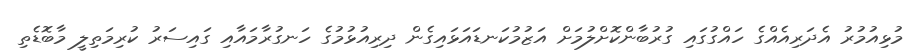
މުޅިއުމުރު އެދަރިއެއްގެ ހައްގުގައި ގުރުބާންކޮށްލުމަށް އަޒުމުކަނޑައަޅައިގެން ދިރިއުޅުމުގެ ހަނގުރާމައާއި ގައިސަރު ކުރިމަތިލީ މާބޮޑެތި